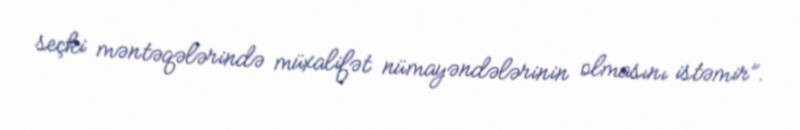
seçki məntəqələrində müxalifət nümayəndələrinin olmasını istəmir”.